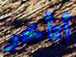
أتأخر